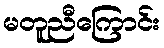
မတူညီကြောင်း